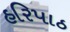
હરિપાઠ